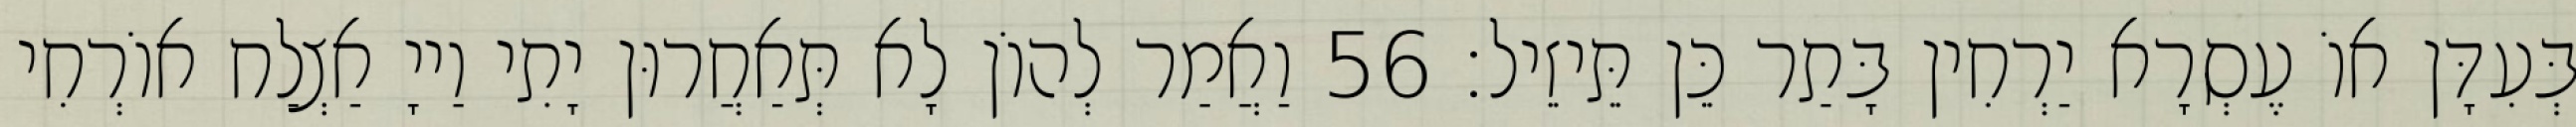
בְּעִדָּן אוֹ עֶסְרָא יַרְחִין בָּתַר כֵּן תֵּיזֵיל׃ 56 וַאֲמַר לְהוֹן לָא תְּאַחֲרוּן יָתִי וַייָ אַצְלַח אוֹרְחִי